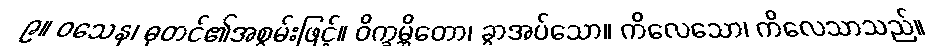
၉။ ဝသေန၊ ဓုတင်၏အစွမ်းဖြင့်။ ဝိက္ခမ္ဘိတော၊ ခွာအပ်သော။ ကိလေသော၊ ကိလေသာသည်။